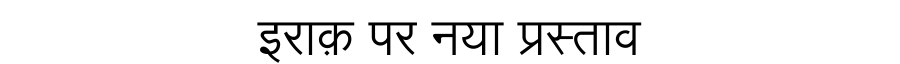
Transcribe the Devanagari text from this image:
इराक़ पर नया प्रस्ताव